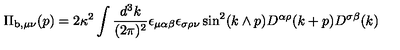
\Pi _ { \mathrm { b } , \mu \nu } ( p ) = 2 \kappa ^ { 2 } \int \frac { d ^ { 3 } k } { ( 2 \pi ) ^ { 2 } } \epsilon _ { \mu \alpha \beta } \epsilon _ { \sigma \rho \nu } \sin ^ { 2 } ( k \wedge p ) D ^ { \alpha \rho } ( k + p ) D ^ { \sigma \beta } ( k )